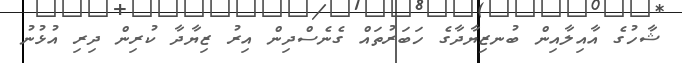
ޝާހުގެ އާއިލާއިން ބުނޒިޔާދާގެ ހަބަރުތައް ގެނެސްދިން އިރު ޒިޔާދާ ކުރިން ދިރި އުޅުނު